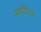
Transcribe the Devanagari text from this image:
स्थयित्व